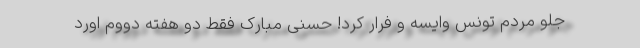
جلو مردم تونس وایسه و فرار کرد! حُسنی مبارک فقط دو هفته دووم اورد